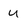
Character: U